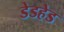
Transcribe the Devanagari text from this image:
डेडहेड